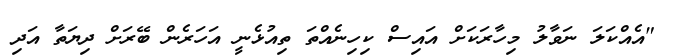
"އެއްކަލަ ނަވާލު މިހާރަކަށް އައިސް ކިހިނެއްތަ ތިއުޅެނީ އަހަރެން ބޭރަށް ދިޔަތާ އަދި